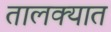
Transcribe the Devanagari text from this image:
तालक्यात